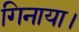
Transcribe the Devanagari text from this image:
गिनाया।